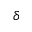
\delta